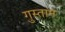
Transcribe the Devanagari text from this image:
गुस्तान